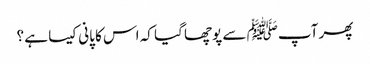
پھر آپﷺ سے پوچھا گیا کہ اس کا پانی کیسا ہے ؟